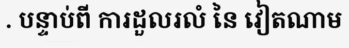
. បន្ទាប់ពី ការដួលរលំ នៃ វៀតណាម